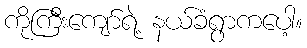
ကိုကြီးကျော်ရဲ့ နယ်ခံရွာကပေါ့။